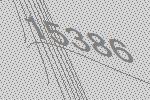
15386